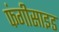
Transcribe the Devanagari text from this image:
फंगीसाइड